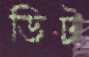
ডিট